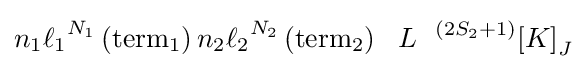
{n_{1}}{\ell _{1}}^{N_{1}}\left(\mathrm {term} _{1}\right){n_{2}}{\ell _{2}}^{N_{2}}\left(\mathrm {term} _{2}\right)\ ~L~\ {^{\left(2{S_{2}}+1\right)}{{\left[K\right]}_{J}}}